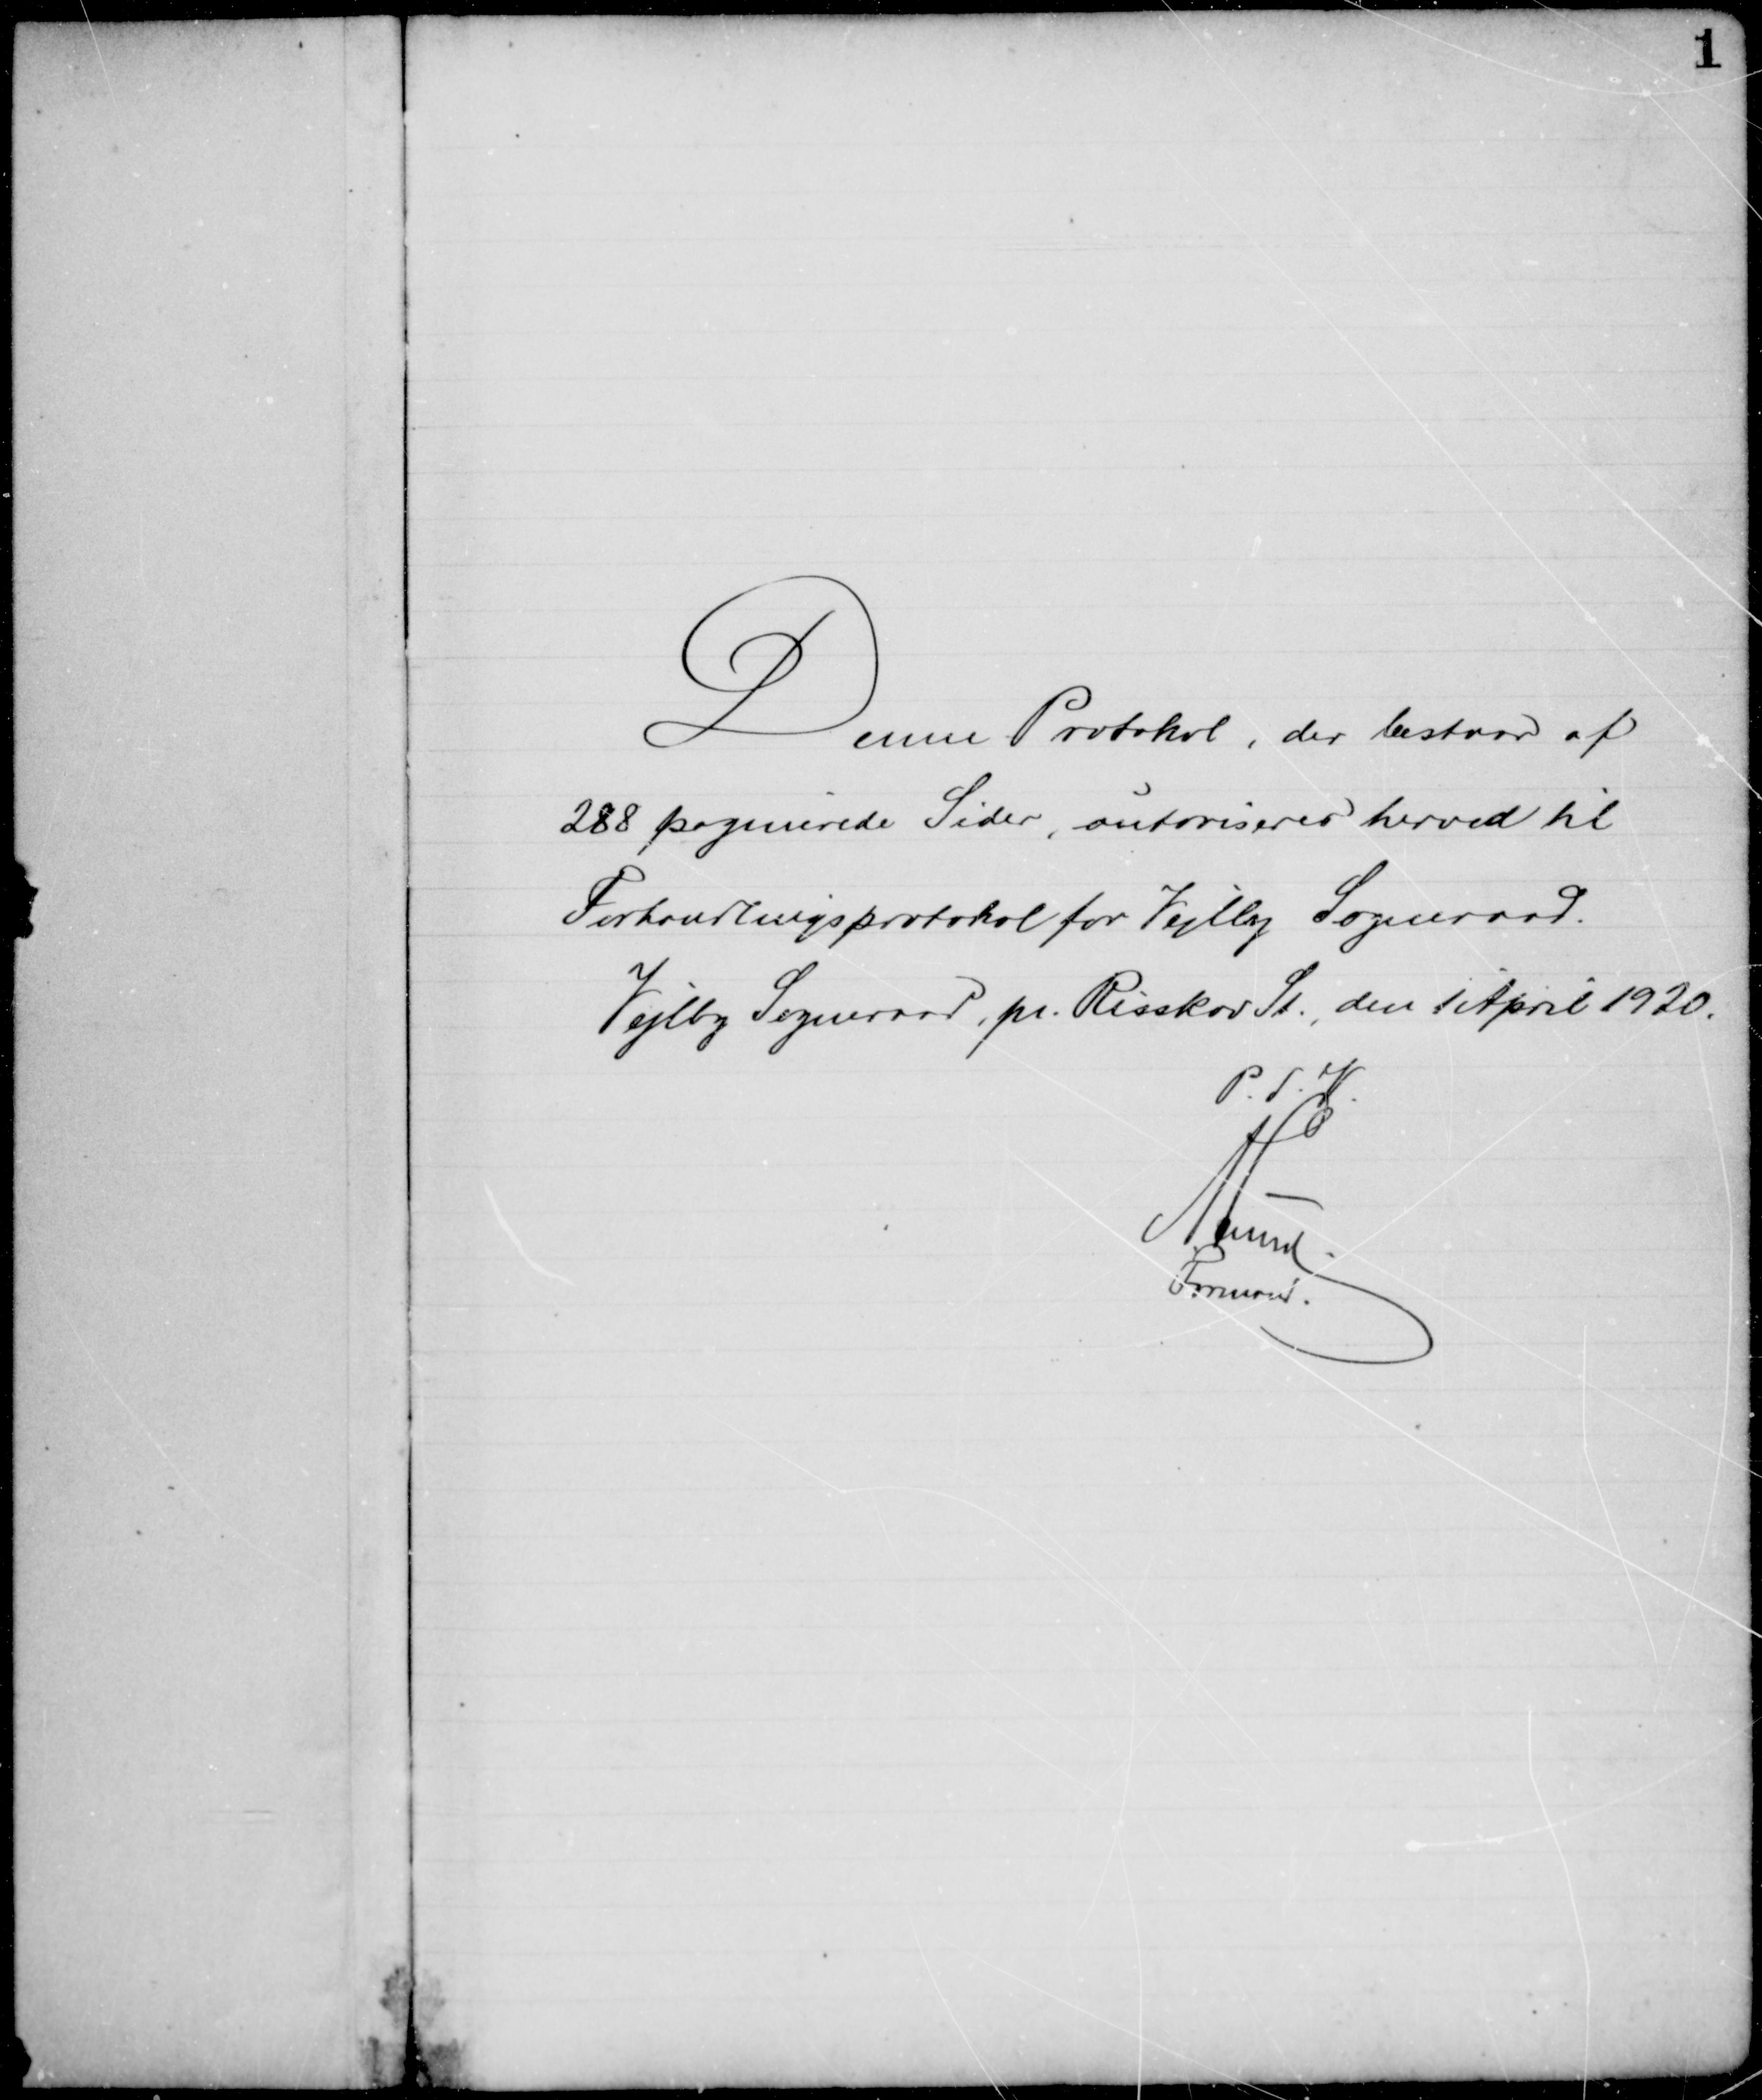
Transskription:
Denne Protokol, der bestaar af
288 paginerede Sider, autoriseres herved til
Forhandlingsprotokol for Vejlby Sogneraad.
Vejlby Sogneraad, pr. Risskov St., den 1 April 1920.
P.S.V.
A Lund.
Formand.